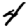
Digit: 4